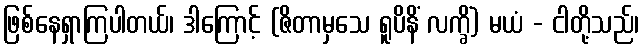
ဖြစ်နေရှာကြပါတယ်၊ ဒါကြောင့် (ဇိတာမှသေ ရူပိနိံ လက္ခိံ) မယံ - ငါတို့သည်၊